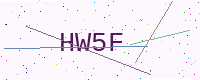
Text: HW5F